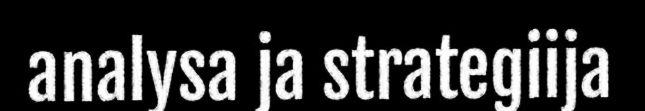
analysa ja strategiija